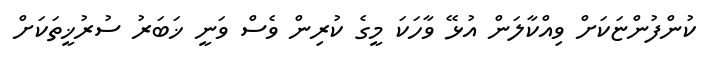
ކުންފުންޏަކަށް ވިއްކާލަން އުޅޭ ވާހަކަ މީގެ ކުރިން ވެސް ވަނީ ޚަބަރު ސުރުޚީތަކަށް